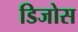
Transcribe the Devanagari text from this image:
डिजोस